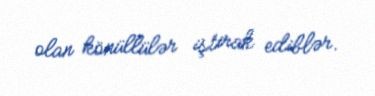
olan könüllülər iştirak ediblər.